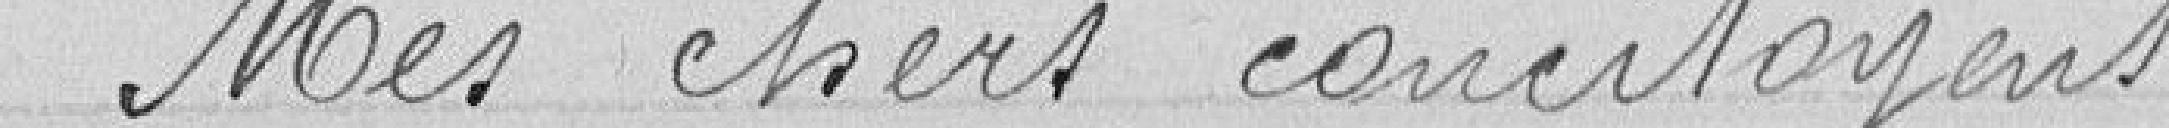
Mes chers concitoyens